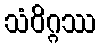
သံဝိဂ္ဂဿ